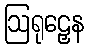
ဩရုဠှေန